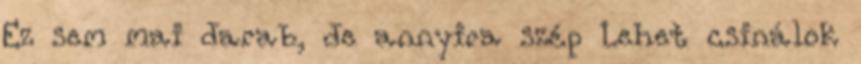
Ez sem mai darab, de annyira szép Lehet csinálok